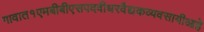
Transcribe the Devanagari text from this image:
गावात१एमबीबीएसपदवीधरवैद्यकव्यवसायीआहे